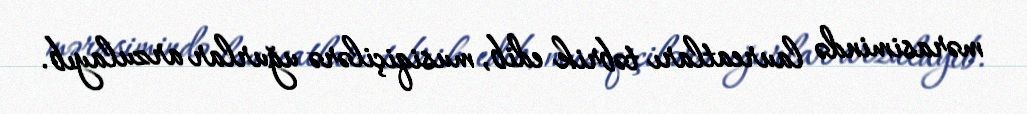
mərasimində laureatları təbrik edib, musiqiçilərə uğurlar arzulayıb.